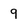
Character: 9